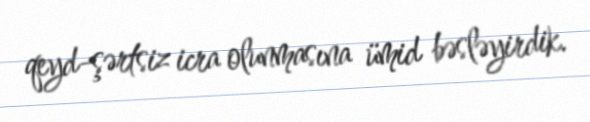
qeyd-şərtsiz icra olunmasına ümid bəsləyirdik.